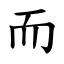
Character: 而